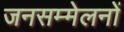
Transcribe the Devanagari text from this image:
जनसम्मेलनों